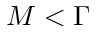
M < \Gamma